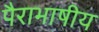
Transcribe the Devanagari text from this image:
पैराभाषीय